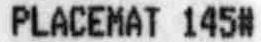
PLACEMAT 145#